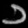
Digit: ၁